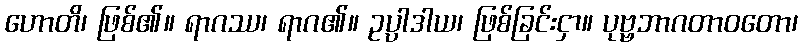
ဟောတိ၊ ဖြစ်၏။ ရာဂဿ၊ ရာဂ၏။ ဥပ္ပါဒါယ၊ ဖြစ်ခြင်းငှာ။ ပုဗ္ဗဘာဂတာဝတော၊